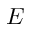
E